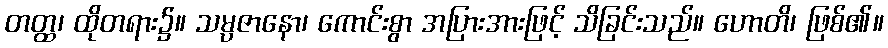
တတ္ထ၊ ထိုတရား၌။ သမ္ပဇာနော၊ ကောင်းစွာ အပြားအားဖြင့် သိခြင်းသည်။ ဟောတိ၊ ဖြစ်၏။